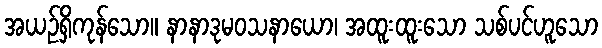
အယဉ်ရှိကုန်သော။ နာနာဒုမဝသနာယော၊ အထူးထူးသော သစ်ပင်ဟူသော